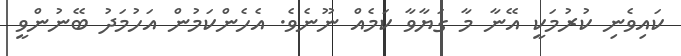
ކައިވެނި ކުރުމަކީ އޭނާ މާ ގަޔާވާ ކަމެއް ނޫނެވެ. އެހެންކަމުން އަހުމަދު ބޭނުންވީ